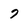
Character: 7